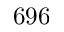
6 9 6